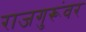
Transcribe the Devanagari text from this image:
राजगुरूंवर